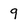
Character: 9